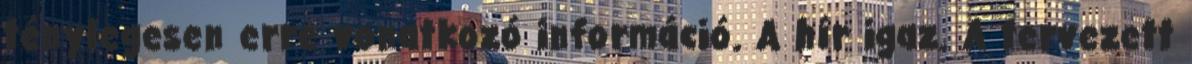
ténylegesen erre vonatkozó információ. A hír igaz. A tervezett